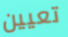
تعيين